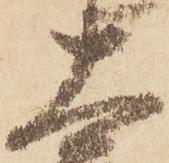
大